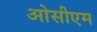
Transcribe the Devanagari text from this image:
ओसीएम